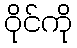
ဝိုင်ကို